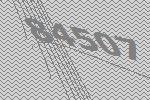
84507